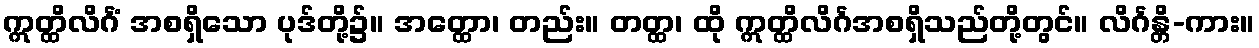
ဣတ္ထိလိင်္ဂံ အစရှိသော ပုဒ်တို့၌။ အတ္ထော၊ တည်း။ တတ္ထ၊ ထို ဣတ္ထိလိင်္ဂအစရှိသည်တို့တွင်။ လိင်္ဂန္တိ-ကား။